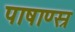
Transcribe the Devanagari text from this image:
पाषाण्स्र